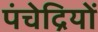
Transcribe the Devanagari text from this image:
पंचेद्रियों